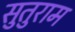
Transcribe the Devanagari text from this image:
सुतुराम